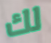
لك